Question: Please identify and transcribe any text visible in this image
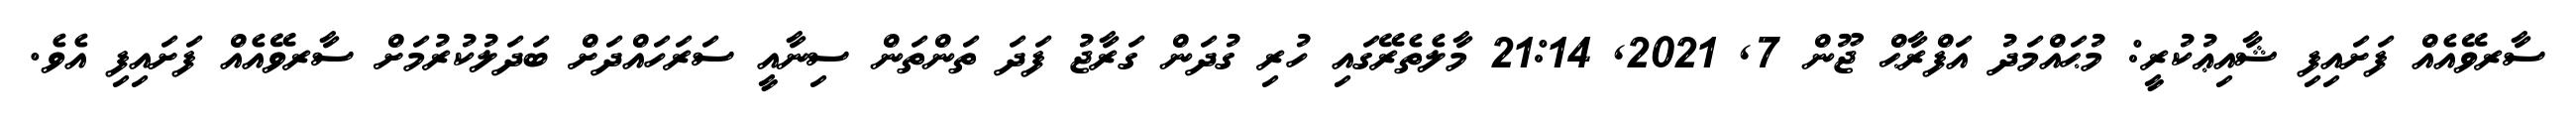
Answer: ސާރވޭއެއް ފަށައިފި ޝާއިޢުކުރީ: މުޙައްމަދު އަފްރާޙް ޖޫން 7, 2021, 21:14 މާލެތެރޭގައި ހުރި ގުދަން ގަރާޖު ފަދަ ތަންތަން ސިނާއީ ސަރަހައްދަށް ބަދަލުކުރުމަށް ސާރވޭއެއް ފަށައިފި އެވެ.